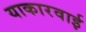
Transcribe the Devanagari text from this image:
याकारवाई